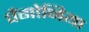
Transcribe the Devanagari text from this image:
पैंगोनिया